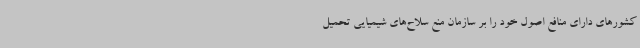
کشورهای دارای منافع اصول خود را بر سازمان منع سلاح‌های شیمیایی تحمیل